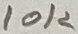
Text: 10K